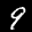
Label: 9